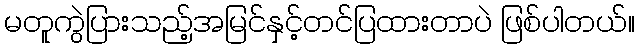
မတူကွဲပြားသည့်အမြင်နှင့်တင်ပြထားတာပဲ ဖြစ်ပါတယ်။